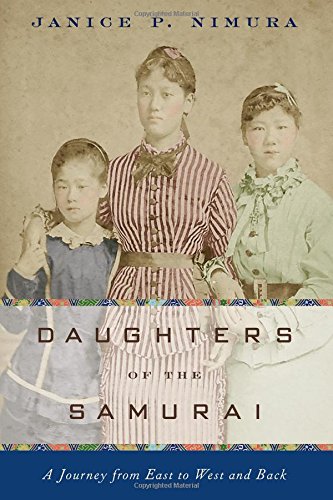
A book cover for Daughters of the Samurai: A Journey from East to West and Back; Janice P. Nimura; History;